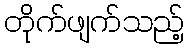
တိုက်ဖျက်သည့်